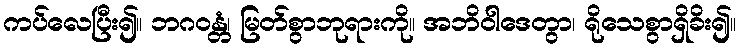
ကပ်လေပြီး၍။ ဘဂဝန္တံ၊ မြတ်စွာဘုရားကို။ အဘိဝါဒေတွာ၊ ရိုသေစွာရှိခိး၍။